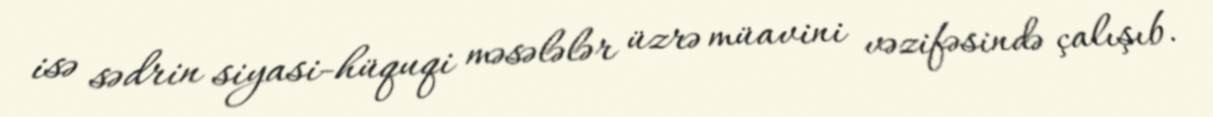
isə sədrin siyasi-hüquqi məsələlər üzrə müavini vəzifəsində çalışıb.